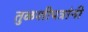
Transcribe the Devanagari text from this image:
तुळशीपत्रांनी